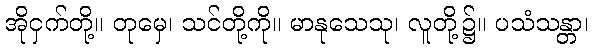
အိုငှက်တို့။ တုမှေ၊ သင်တို့ကို။ မာနုသေသု၊ လူတို့၌။ ပသံသန္တာ၊